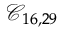
\mathcal { C } _ { 1 6 , 2 9 }